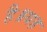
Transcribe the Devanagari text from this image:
है॥यह